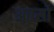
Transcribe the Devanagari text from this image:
आप्सो